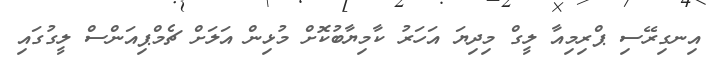
އިނގިރޭސި ޕްރިމިއާ ލީގް މިދިޔަ އަހަރު ކާމިޔާބުކޮށް މުޅިން އަލަށް ޗެމްޕިއަންސް ލީގުގައި